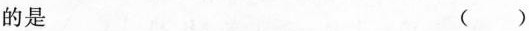
的是 ( )